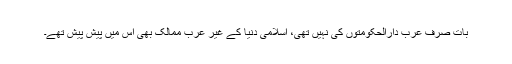
بات صرف عرب دارالحکومتوں کی نہیں تھی، اسلامی دنیا کے غیر عرب ممالک بھی اس میں پیش پیش تھے۔